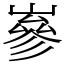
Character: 嵾